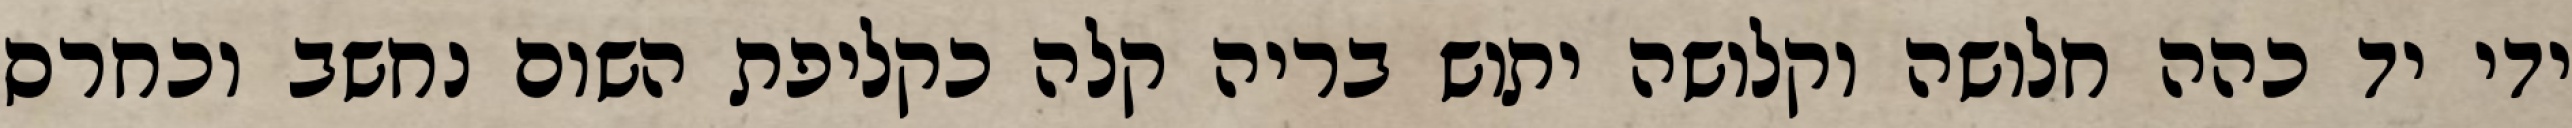
ידי יד כהה חלושה וקלושה יתוש בריה קלה כקליפת השום נחשב וכחרס